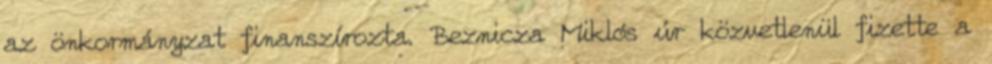
az önkormányzat finanszírozta. Beznicza Miklós úr közvetlenül fizette a